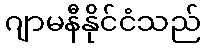
ဂျာမနီနိုင်ငံသည်